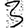
Digit: 3